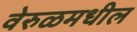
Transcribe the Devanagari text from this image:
वेरुळमधील